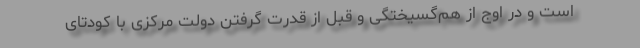
است و در اوج از هم‌گسیختگی و قبل از قدرت گرفتن دولت مرکزی با کودتای